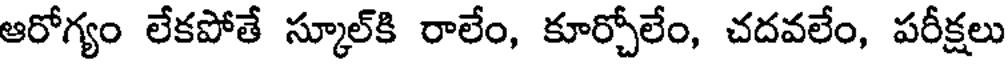
ఆరోగ్యం లేకపోతే స్కూల్కి రాలేం, కూర్చోలేం, చదవలేం, పరీక్షలు